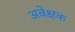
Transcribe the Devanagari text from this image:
अवेक्षक